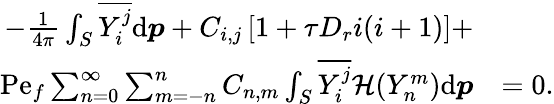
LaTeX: \begin{array}{rl}{-\frac{1}{4\pi}\int_{S}\overline{{Y_{i}^{j}}}\mathrm{d}\boldsymbol{p}+C_{i,j}\left[1+\tau D_{r}i(i+1)\right]+}&{}\\ {\mathrm{Pe}_{f}\sum_{n=0}^{\infty}\sum_{m=-n}^{n}C_{n,m}\int_{S}\overline{{Y_{i}^{j}}}\mathcal{H}(Y_{n}^{m})\mathrm{d}\boldsymbol{p}}&{=0.}\end{array}